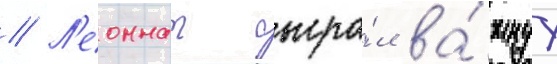
// Л'еоннат сыгра́л ва́жнуу